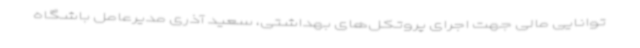
توانایی مالی جهت اجرای پروتکل‌های بهداشتی، سعید آذری مدیرعامل باشگاه